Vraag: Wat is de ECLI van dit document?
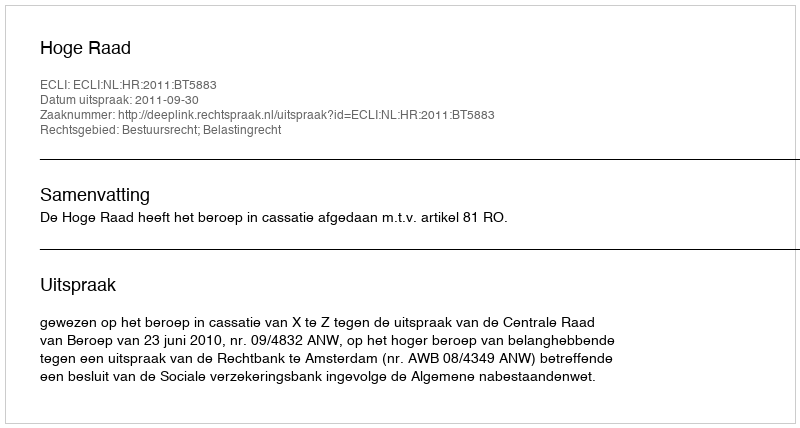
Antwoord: ECLI:NL:HR:2011:BT5883